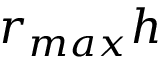
r _ { m a x } h